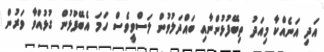
އަދި އަނެއްކާ މިއަދު ތިބޭފުޅުންނާއި ބައްދަލުވުން ލަސްވީވެސް ހަމަ އެބޭފުޅުން ގުޅުއްވާ ވަރުން